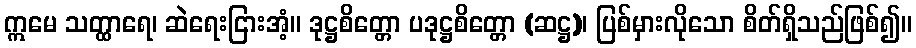
ဣမေ သတ္ထာရေ၊ ဆဲရေးငြားအံ့။ ဒုဋ္ဌစိတ္တော ပဒုဋ္ဌစိတ္တော (ဆဋ္ဌ)၊ ပြစ်မှားလိုသော စိတ်ရှိသည်ဖြစ်၍။